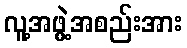
လူ့အဖွဲ့အစည်းအား